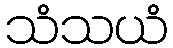
သံသယံ